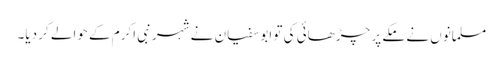
مسلمانوں نے مکے پر چڑھائی کی تو ابوسفیان نے شہر نبی اکرم کے حوالے کر دیا۔